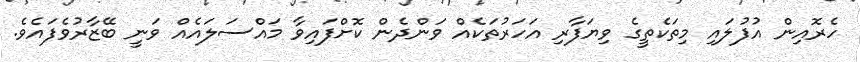
ހެރޮއިން އުފުލައި މިތަކެތީގެ ވިޔަފާރި އަހަރުތަކެއް ވަންދެން ކޮށްފައިވާ މައްސަލައެއް ވަނީ ބޭޒާރުވެފައެވެ.